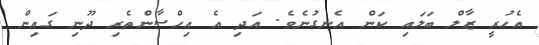
އެހުރީ ޒާލް ބަލައި ކަން އެނގުނެވެ. އަދި އެ އިހްސާންތެރި ދޫނި ގައިން